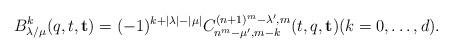
LaTeX: \begin{align*}B_{\lambda/\mu}^k (q,t,\mathbf{t})= (-1)^{k+|\lambda|-|\mu|} C^{(n+1)^m-\lambda^\prime,m}_{n^m-\mu^\prime,m-k}(t,q,\mathbf{t}) (k=0,\ldots ,d). \end{align*}